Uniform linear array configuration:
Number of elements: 32
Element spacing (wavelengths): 0.25
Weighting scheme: uniform
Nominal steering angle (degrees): -45
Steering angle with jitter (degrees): -44.49
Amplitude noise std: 0.05
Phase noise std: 0.05

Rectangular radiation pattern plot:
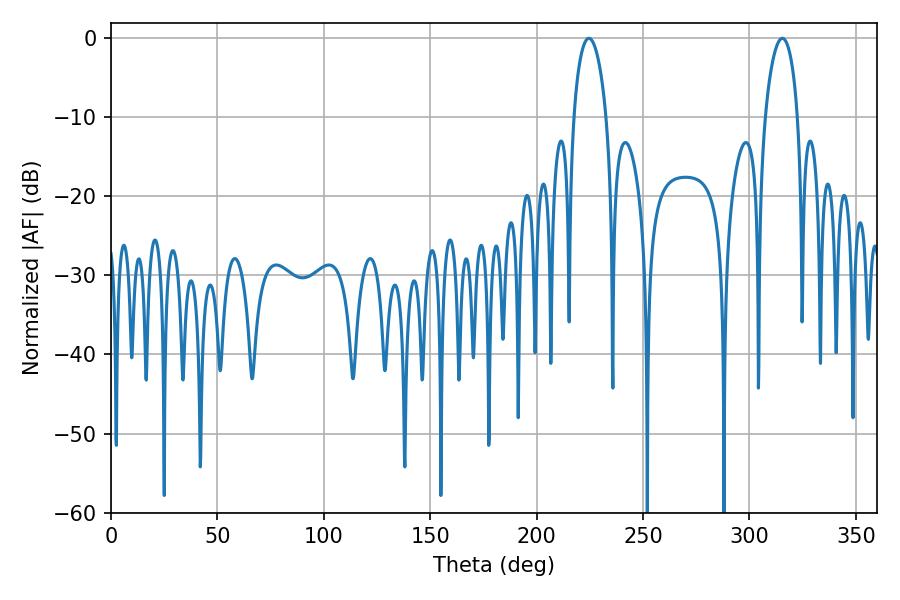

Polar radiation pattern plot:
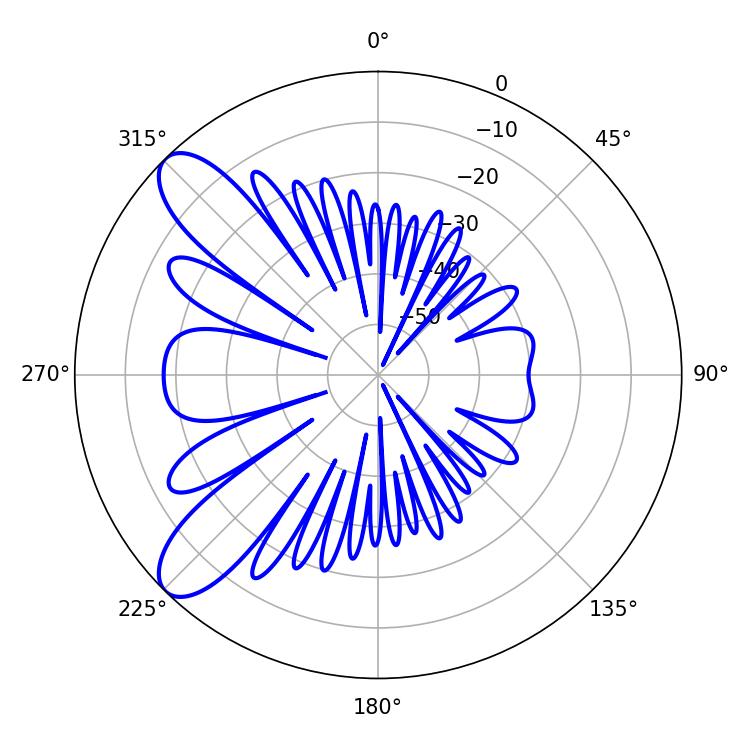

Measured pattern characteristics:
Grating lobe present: FALSE
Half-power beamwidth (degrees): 8.82
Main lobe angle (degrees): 224.64